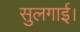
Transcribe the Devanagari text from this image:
सुलगाई।